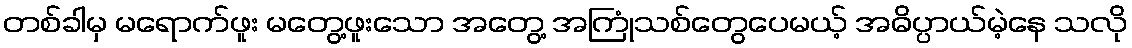
တစ်ခါမှ မရောက်ဖူး မတွေ့ဖူးသော အတွေ့ အကြုံသစ်တွေပေမယ့် အဓိပ္ပာယ်မဲ့နေ သလို